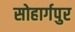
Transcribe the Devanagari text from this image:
सोहार्गपुर